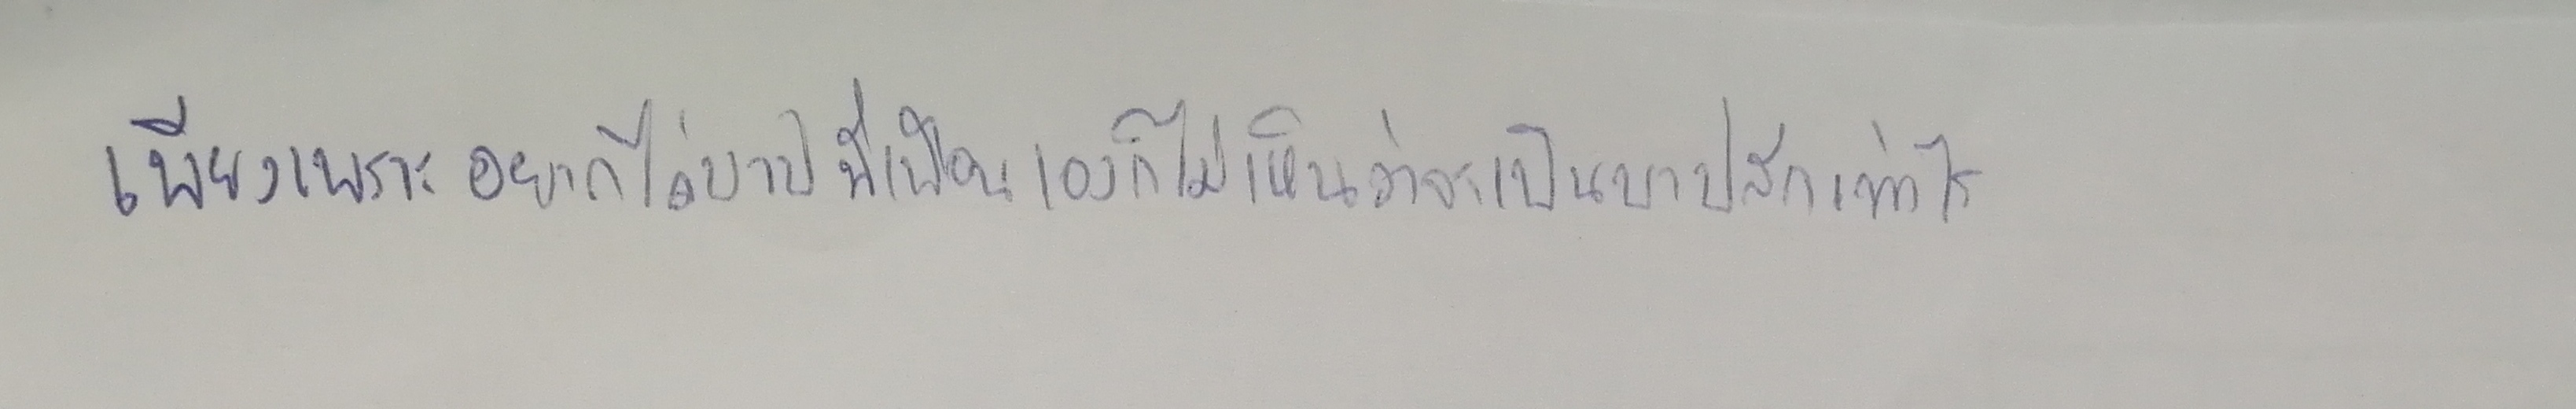
เพียงเพราะอยากไถ่บาปที่เพื่อนเองก็ไม่เห็นว่าจะเป็นบาปสักเท่าไร